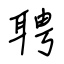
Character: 聘